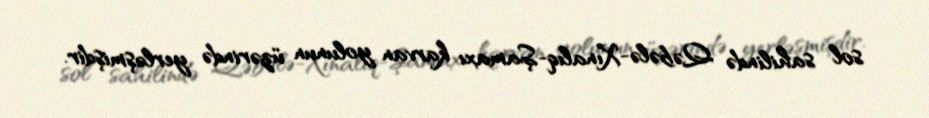
sol sahilində Qəbələ-Xınalıq-Şamaxı karvan yolunun üzərində yerləşmişdir.